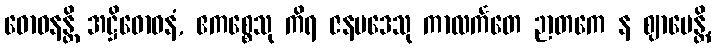
ဓောဝနန္တိ အဋ္ဌိဓောဝနံ, ဧကစ္စေသု ကိရ ဇနပဒေသု ကာလင်္ကတေ ဉာတကေ န ဈာပေန္တိ,